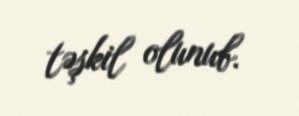
təşkil olunub.